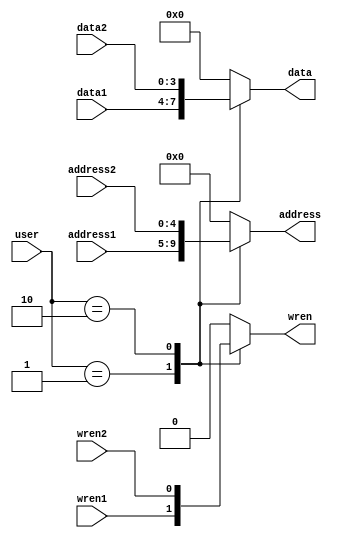
module MemoryAccessScheme(
    input [1:0] user,

    input [4:0] address1,
    input [3:0] data1,
    input wren1,

    input [4:0] address2,
    input [3:0] data2,
    input wren2,
    
    output reg [4:0] address,
    output reg [3:0] data,
    output reg wren
);
    always@(*)
    begin
        case(user)
            2'd1: begin
                address <= address1;
                data <= data1;
                wren <= wren1;
            end
            2'd2: begin
                address <= address2;
                data <= data2;
                wren <= wren2;
            end
            default: begin
                address <= 5'd0;
                data <= 3'd0;
                wren <= 1'b0;
            end

        endcase
    end
endmodule